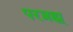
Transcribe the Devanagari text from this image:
परब्रह्म्